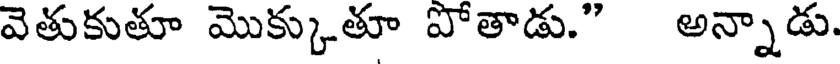
వెతుకుతూ మొక్కుతూ పోతాడు." అన్నాడు.